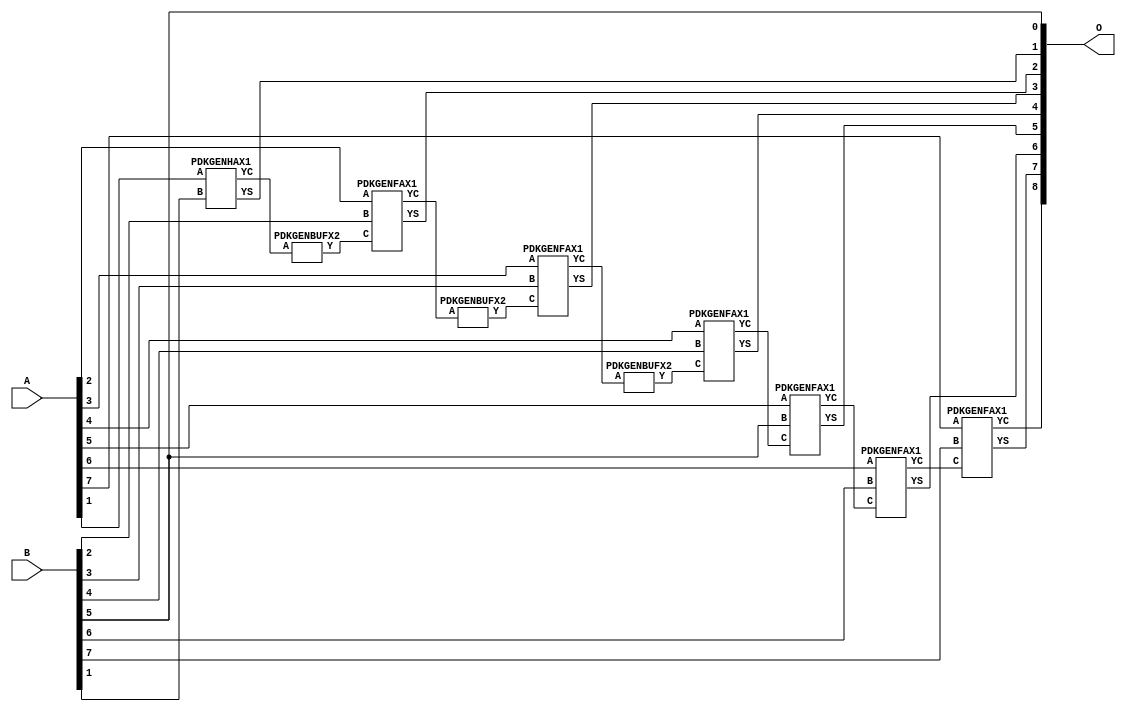
// Library = EvoApprox8b
// Circuit = add8_137
// Area   (180) = 872
// Delay  (180) = 1.590
// Power  (180) = 313.50
// Area   (45) = 65
// Delay  (45) = 0.620
// Power  (45) = 29.72
// Nodes = 10
// HD = 65408
// MAE = 0.75000
// MSE = 1.00000
// MRE = 0.43 %
// WCE = 2
// WCRE = 100 %
// EP = 62.5 %

module add8_137(A, B, O);
  input [7:0] A;
  input [7:0] B;
  output [8:0] O;
  wire [2031:0] N;

  assign N[0] = A[0];
  assign N[1] = A[0];
  assign N[2] = A[1];
  assign N[3] = A[1];
  assign N[4] = A[2];
  assign N[5] = A[2];
  assign N[6] = A[3];
  assign N[7] = A[3];
  assign N[8] = A[4];
  assign N[9] = A[4];
  assign N[10] = A[5];
  assign N[11] = A[5];
  assign N[12] = A[6];
  assign N[13] = A[6];
  assign N[14] = A[7];
  assign N[15] = A[7];
  assign N[16] = B[0];
  assign N[17] = B[0];
  assign N[18] = B[1];
  assign N[19] = B[1];
  assign N[20] = B[2];
  assign N[21] = B[2];
  assign N[22] = B[3];
  assign N[23] = B[3];
  assign N[24] = B[4];
  assign N[25] = B[4];
  assign N[26] = B[5];
  assign N[27] = B[5];
  assign N[28] = B[6];
  assign N[29] = B[6];
  assign N[30] = B[7];
  assign N[31] = B[7];

  PDKGENHAX1 n82(.A(N[2]), .B(N[18]), .YS(N[82]), .YC(N[83]));
  PDKGENBUFX2 n112(.A(N[83]), .Y(N[112]));
  assign N[113] = N[112];
  PDKGENFAX1 n132(.A(N[4]), .B(N[20]), .C(N[113]), .YS(N[132]), .YC(N[133]));
  PDKGENBUFX2 n174(.A(N[133]), .Y(N[174]));
  PDKGENFAX1 n182(.A(N[6]), .B(N[22]), .C(N[174]), .YS(N[182]), .YC(N[183]));
  PDKGENBUFX2 n208(.A(N[183]), .Y(N[208]));
  PDKGENFAX1 n232(.A(N[8]), .B(N[24]), .C(N[208]), .YS(N[232]), .YC(N[233]));
  PDKGENFAX1 n282(.A(N[10]), .B(N[26]), .C(N[233]), .YS(N[282]), .YC(N[283]));
  PDKGENFAX1 n332(.A(N[12]), .B(N[28]), .C(N[283]), .YS(N[332]), .YC(N[333]));
  PDKGENFAX1 n382(.A(N[14]), .B(N[30]), .C(N[333]), .YS(N[382]), .YC(N[383]));

  assign O[0] = N[26];
  assign O[1] = N[82];
  assign O[2] = N[132];
  assign O[3] = N[182];
  assign O[4] = N[232];
  assign O[5] = N[282];
  assign O[6] = N[332];
  assign O[7] = N[382];
  assign O[8] = N[383];

endmodule
/* mod */
module PDKGENHAX1( input A, input B, output YS, output YC );
    assign YS = A ^ B;
    assign YC = A & B;
endmodule
/* mod */
module PDKGENFAX1( input A, input B, input C, output YS, output YC );
    assign YS = (A ^ B) ^ C;
    assign YC = (A & B) | (B & C) | (A & C);
endmodule
/* mod */
module PDKGENBUFX2(input A, output Y );
     assign Y = A;
endmodule